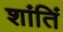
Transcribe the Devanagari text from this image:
शांतिं